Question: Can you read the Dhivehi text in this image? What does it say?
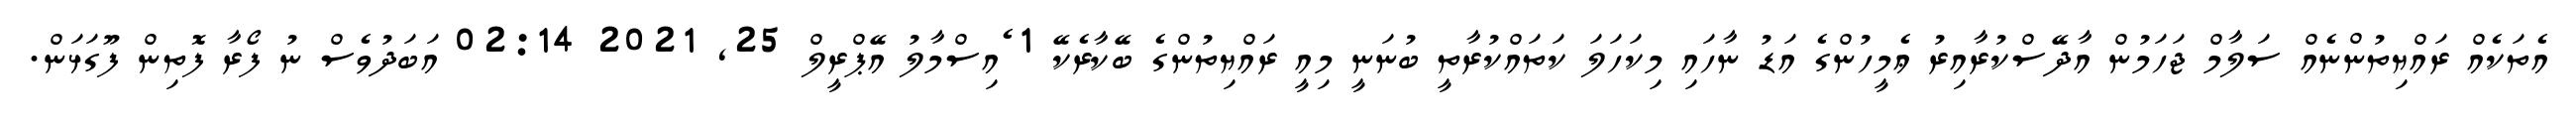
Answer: އެތަކެއް ރައްޔިތުންނެއް ސަލާމް ޖަހަމުން އާދޭސްކުރާއިރު ޢެމީހުންގެ އަޑު ނާހައި މިކަހަލަ ކަތައްކުރާތީ ބުނަނީ މިއީ ރައްޔިތުންގެ ބޭކާރެކޭ 1 ެއިސްމާލު އޭޕްރީލް 25, 2021 02:14 އަބަދުވެސް ނު ފޯރާ ފޮތިން ފޫގަޅަން.